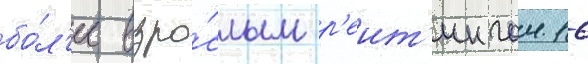
бо́л'ее взро́слым р'еит'ингом 16